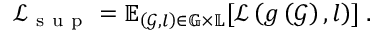
\mathcal { L } _ { \mathrm { ~ s ~ u ~ p ~ } } = \mathbb { E } _ { \left( { \mathcal { G } } , l \right) \in { \mathbb { G } } \times { \mathbb { L } } } [ \mathcal { L } \left( g \left( { \mathcal { G } } \right) , l \right) ] \; .